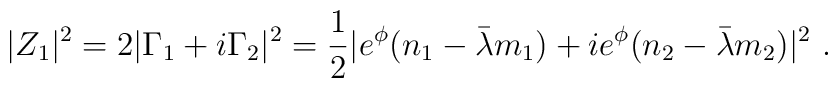
|Z_1 |^2= 2 |\Gamma_1 + i \Gamma_2|^2 = {1\over 2} | e^{\phi} (n_1 - \bar\lambda m_1) +ie^{\phi} (n_2 - \bar \lambda m_2)|^2 \ .